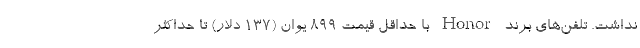
نداشت. تلفن‌های برند Honor با حداقل قیمت ۸۹۹ یوان (۱۳۷ دلار) تا حداکثر